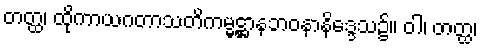
တတ္ထ၊ ထိုကာယဂတာသတိကမ္မဋ္ဌာနဘဝနာနိဒ္ဒေသ၌။ ဝါ၊ တတ္ထ၊